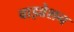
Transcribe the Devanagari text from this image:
वाइव्रेशन